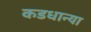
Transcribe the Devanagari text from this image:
कडधान्या